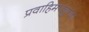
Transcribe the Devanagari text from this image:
प्रवाहिमपचुन्दा